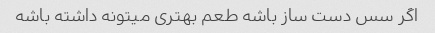
اگر سس دست ساز باشه طعم بهتری میتونه داشته باشه